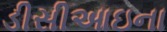
ડીસીઆઇના